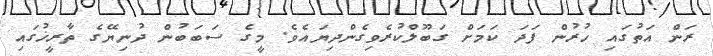
ރަން އަތުގައި ހުރުން ފަދަ ކަމަށް ގަބޫލްކުރެވިގެންދިޔައެވެ. މީގެ ސަބަބުން ދުނިޔޭގެ ތާރީޚުގައި